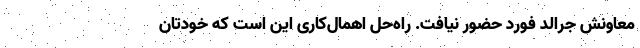
معاونش جرالد فورد حضور نیافت. راه‌حل اهمال‌کاری این است که خودتان